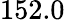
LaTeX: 152.0